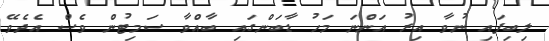
ލިބިފައި ނުވާ އިރު އަންނަ މަހު ޑާބަންގައި ބާއްވާ ސަމިޓުން ވެސް އެދެވޭ